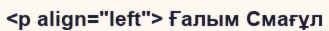
<p align="left"> Ғалым Смағұл